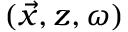
( \vec { x } , z , \omega )